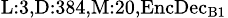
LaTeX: _{\textrm{L}:3,\textrm{D}:384,\textrm{M}:20,\textrm{EncDec}_{\textrm{B}1}}